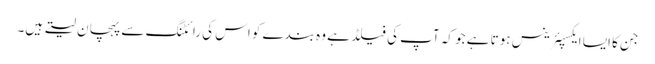
جن کا ایسا ایکسپئرینس ہوتا ہے جو کہ آپ کی فیلڈ ہے وہ بندے کو اس کی رائٹنگ سے پہچان لیتے ہیں۔